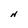
Character: N